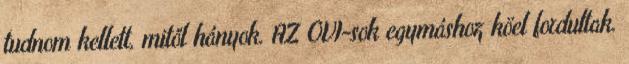
tudnom kellett, mitől hányok. AZ OVI-sok egymáshoz köel fordultak.